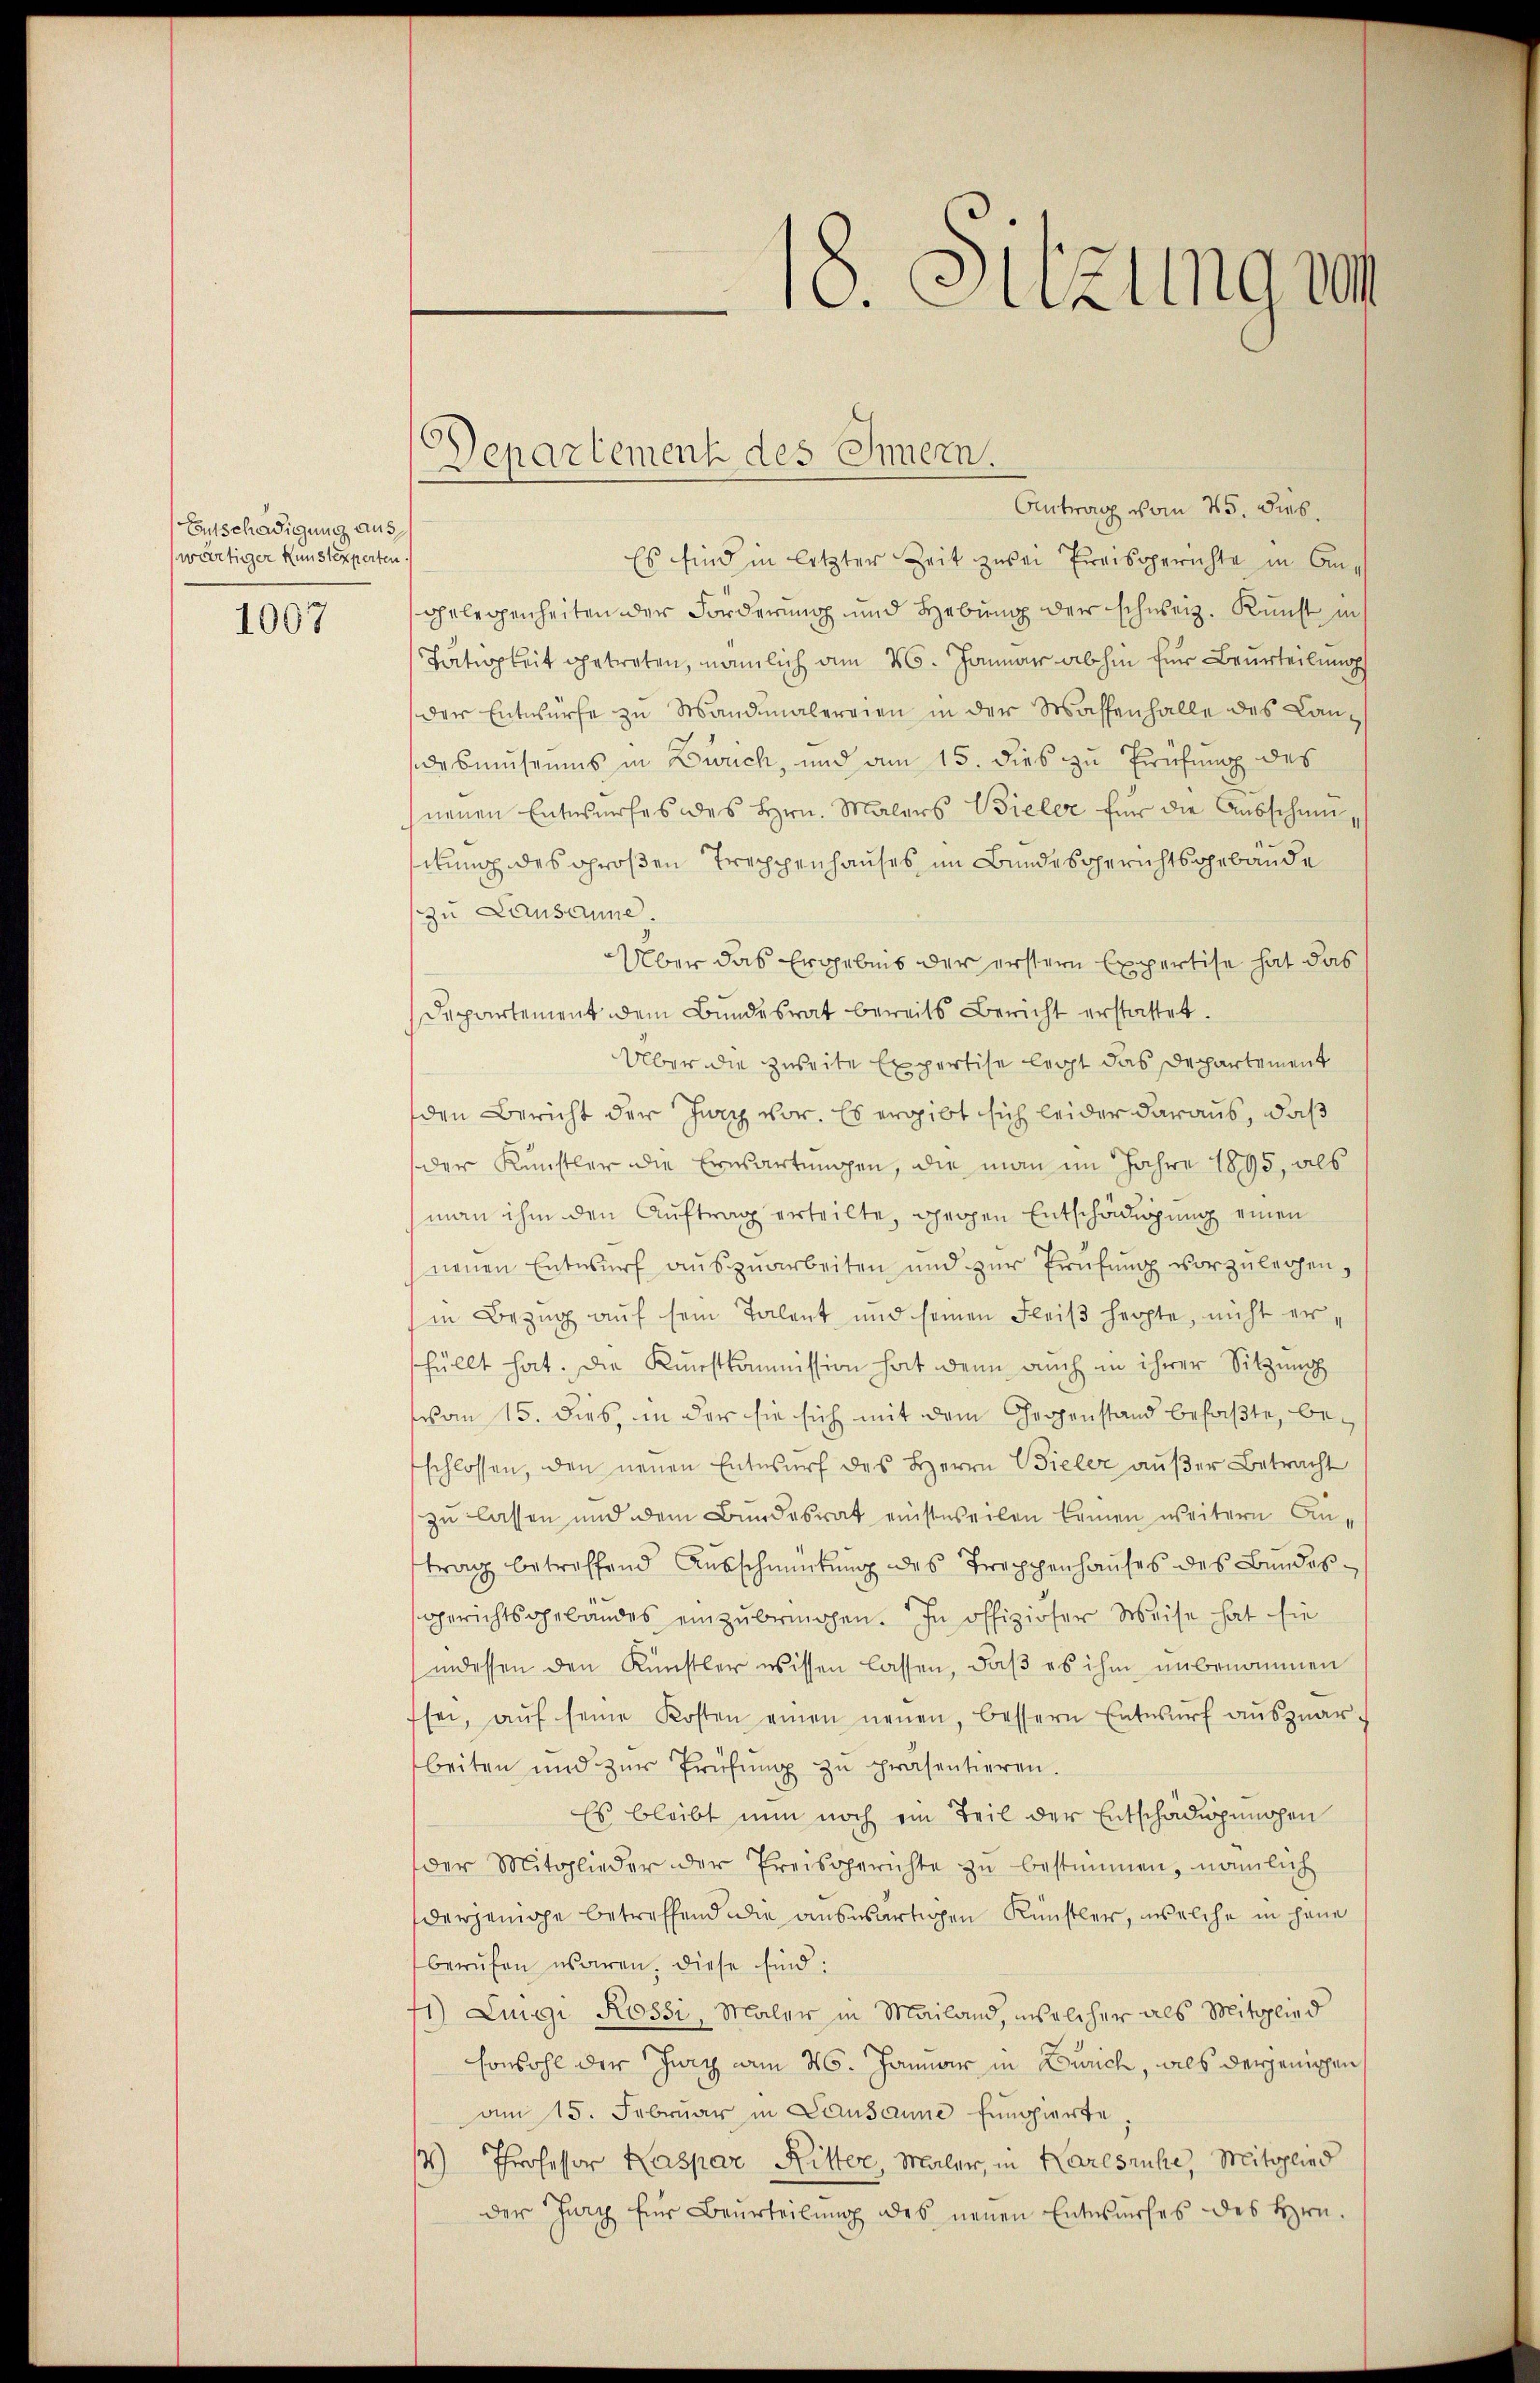
Entschädigung aus
wärtiger Kunstexperten

1007

Departement des Innern.

Antrag vom 25. Dieb.
Es sind in letzter Zeit zwei Preisgerichte in Anggelegenheiten der Forderung und Hebung der schweiz. Kunst in
Tätigkeit getreten, nämlich am 26. Januar abhin für Beurteilung
der Entwürfe zu Mandalereien in der Wassenhalle des Landemuseums in Zürich, und am 15. dies zu Prüfung des
neuen Entwurfes des Hrn. Malers Bieler für die Aŭsschunitung des großen Treppenhauses im Bundesgerichtsgebäude
zu Lausanne
Über das Ergebnis der erstern Expertise hat das
Departement dem Bundesrat bereits Bericht erstattet.
Über die zweite Expertise legt das Departement
den Bericht der Jury vor. Es ergibt sich leider daraus, daß
der Künstler die Erwartungen, die man im Jahre 1895, als
man ihm den Auftrag erteilte, gegen Entschädigung einen
neuen Entwurf aŭszŭarbeiten und zŭr Prüfŭng vorzŭlegen,
in Bezug auf sein Talent und seinen Fleiß herzte, nicht erfüllt hat. Die Kunstkommission hat denn auch in ihrer Sitzung
von 15. dies, in der sie sich mit dem Gegenstand befaßte, beschlossen, den neuen Entwurf des Herrn Bieler außer Betracht
zu lassen und dem Bundesrat einstweilen kamen weitern Antrag betreffend Ausschmutung des Treppenhauses des Bundesgerichtsgebäudes einzŭbringen. In offiziöser Weise hat sie
indessen den Künstler wissen lassen, daß es ihm unbenommen
sei, aŭf seine Kosten einen neuen, bessern Entwŭrf aŭszŭar-
beiten und zŭr Prüfŭng zŭ präsentieren.
Es bleibt nun noch ein Teil der Entschädigungen
der Mitglieder der Preisgerichte zŭ bestimmen, nämlich
derjenige betreffend die auswärtigen Künstler, welche in jene
berŭfen waren. Diese sind:
1) Luigi Rossi, Maler in Mailand, insolcher als Mitglied
sonbohl der Jury am 26. Januar in Zürich, als derjenigen
am 15. Februar in Lausanne Eingierte,
/4) Professor Kaspar Ritter, Maler, in Karlsruhe, Mitglied
der Jury für Beurteilung des neuen Entwurfes des Hrn.

18. Sitzungsa